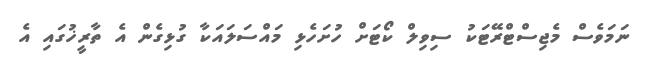
ނަމަވެސް މެޖިސްޓްރޭޓަކު ސިވިލް ކޯޓަށް ހުށަހެޅި މައްސަލައަކާ ގުޅިގެން އެ ތާރީޚުގައި އެ